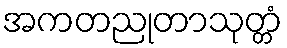
အကတညုတာသုတ္တံ